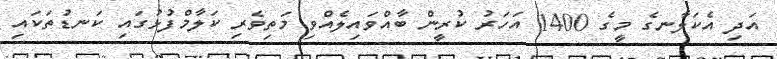
އަދި އެކަލާނގެ މީގެ 1400 އަހަރު ކުރީން ބާއްވައިލެއްވި މަތިވެރި ކަލާމްފުޅުގައި ކަނޑުތަކައި